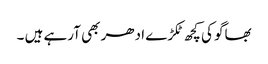
بھاگو کی کچھ ٹکڑے ادھر بھی آرہے ہیں ۔